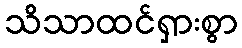
သိသာထင်ရှားစွာ